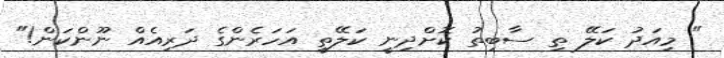
" މިއަދު ކަލޭ ތި ސާބިތު ކޮށްދިނީ ކަލޭތީ އަހަރެންގެ ދަރިއެއް ނޫންކަން!"